Report on plague and inoculation in the Punjab from October 1st ... to September 30th..., being the ... season of plague in the province
Disease focus: Plague
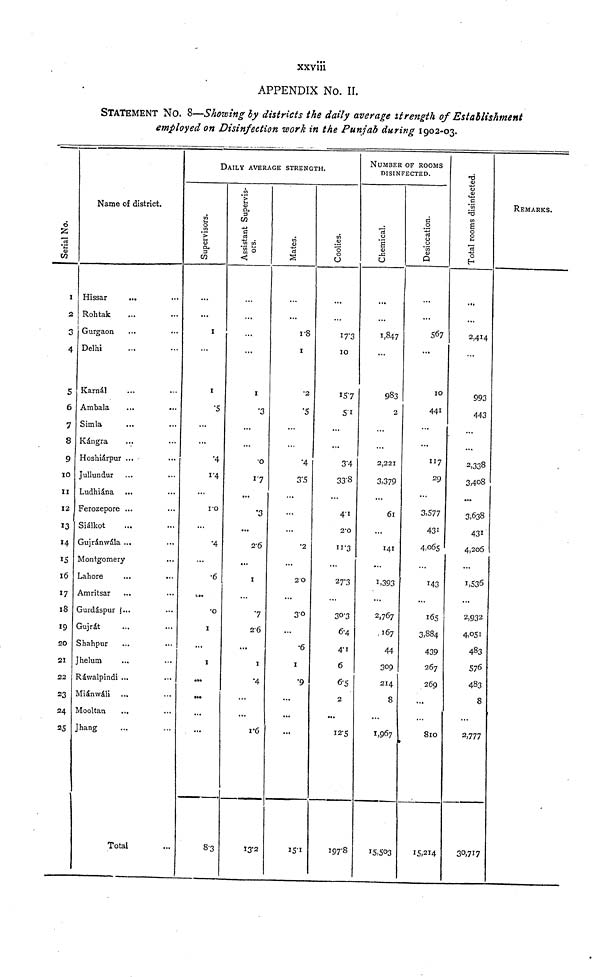
xxviii
APPENDIX No. II.
STATEMENT NO. 8—Showing by districts the daily average strength of Establishment
employed on Disinfection work in the Punjab during 1902-03.
Name of district.
Serial No.
1
3
4
5
6
7
8
9
10
11
12
13
»4
15
16
17
18
19
20
21
22
23
24
25
Hissar
Rohtak
Gurgaon
Delhi
Karnal
Ambala
Simla
Kangra
Hoshiarpur
Jullundur
Ludhiana
Ferozepore
Sialkot
Gujranwala
Montgomer
Lahore
Amritsar
Gurdaspur
Gujrat
Shahpur
Jhelum
Rawalpindi
Mianwali
Mooltan
Jhang
...
...
...
...
...
...
...
...
...
...
...
...
...
y
...
...
...
...
...
...
...
...
...
Total
...
...
...
...
...
...
...
...
...
...
...
...
...
...
...
...
...
...
...
...
...
...
...
...
...
...
DAILY AVERAGE STRENGTH.
Supervisors.
...
...
1
...
1
.5
...
...
•4
1.4
...
1.0
...
•4
...
•6
,..
•0
1
...
1
...
...
...
...
8.3
Assistant Supervis-
ors.
...
...
...
...
1
.3
...
...
•0
1.7
...
.3
...
2-6
...
1
...
7
2.6
...
1
•4
...
...
1.6
13.2
Mat es .
...
...
1.8
1
...
.5
...
...
...
...
...
...
...
...
...
...
...
...
...
...
...
...
...
Coolies.
...
...
17.3
10
15.7
5.1
...
...
3.4
33.8
...
4.1
2.0
11.3
...
27.3
...
30.3
6.4
4.1
6
6.5
2
...
12.5
197.8
NUMBER OF ROOMS
DISINFECTED.
Chemical.
...
...
1,847
...
983
2
...
...
2,221
3,379
...
61
...
141
...
1,393
...
2,767
.167
44
309
214
8
...
1,967
15,503
Desiccation.
...
...
567
...
10
441
...
...
117
29
...
3,577
431
4,065
...
143
...
...
3,884
439
267
269
...
...
810
15,214
Total rooms disinfected.
...
...
2,414
...
993
443
...
...
2,338
3,408
...
3,638
431
4,205
...
1,536
...
2,932
4,051
483
576
483
8
...
2,777
30,717
REMARKS.